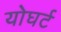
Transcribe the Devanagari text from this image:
योघर्ट